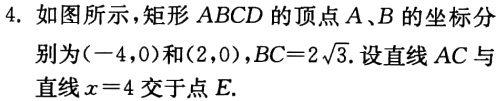
4. 如图所示，矩形 \(ABCD\) 的顶点 \(A、B\) 的坐标分别为\((-4,0)\)和\((2,0)\)，\(BC = 2\sqrt{3}\). 设直线 \(AC\) 与直线 \(x = 4\) 交于点 \(E\).